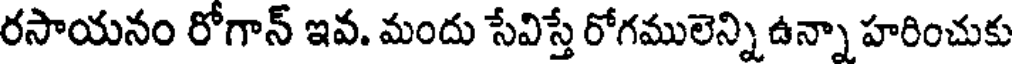
రసాయనం రోగాన్ ఇవ. మందు సేవిస్తే రోగములెన్ని ఉన్నా హరించుకు